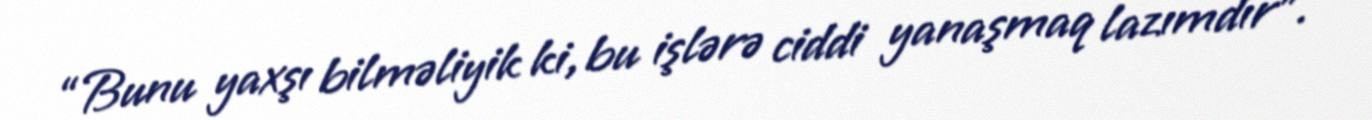
“Bunu yaxşı bilməliyik ki, bu işlərə ciddi yanaşmaq lazımdır”.